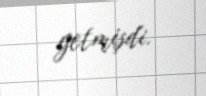
getmişdi.